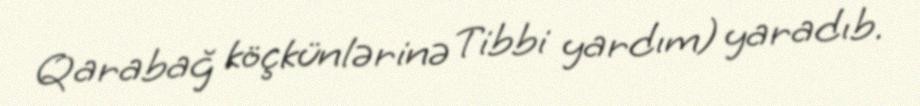
Qarabağ köçkünlərinə Tibbi yardım) yaradıb.